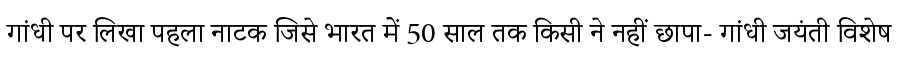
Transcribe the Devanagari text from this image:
गांधी पर लिखा पहला नाटक जिसे भारत में 50 साल तक किसी ने नहीं छापा- गांधी जयंती विशेष